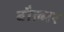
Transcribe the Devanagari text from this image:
बौल्मर